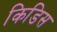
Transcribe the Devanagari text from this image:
किडिस